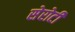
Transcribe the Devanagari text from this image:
सेरोटी